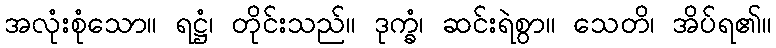
အလုံးစုံသော။ ရဋ္ဌံ၊ တိုင်းသည်။ ဒုက္ခံ၊ ဆင်းရဲစွာ။ သေတိ၊ အိပ်ရ၏။